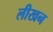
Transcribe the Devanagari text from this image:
लीखन